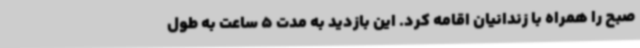
صبح را همراه با زندانیان اقامه کرد. این بازدید به مدت 5 ساعت به طول